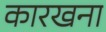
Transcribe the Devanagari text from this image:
कारखना